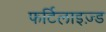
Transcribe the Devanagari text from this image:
फर्टिलाइज़्ड